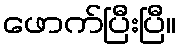
ဖောက်ပြီးပြီ။